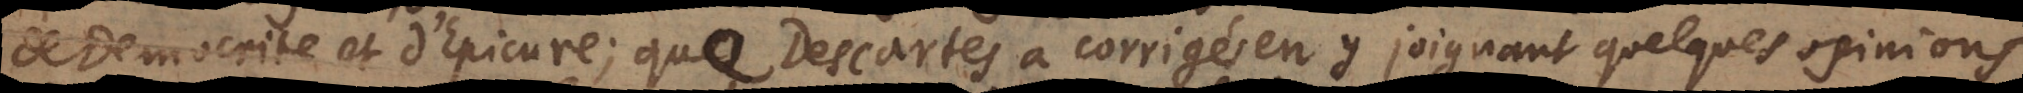
de Democrite et d’Epicure; que Descartes a corrigés en y joignant quelques opinions